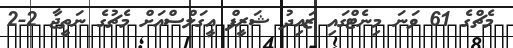
މެޗްގެ 61 ވަނަ މިނެޓްގައި ޒައިދު ޝަރީފް އީގަލްސްއަށް މެޗުގެ ނަތީޖާ 2-2